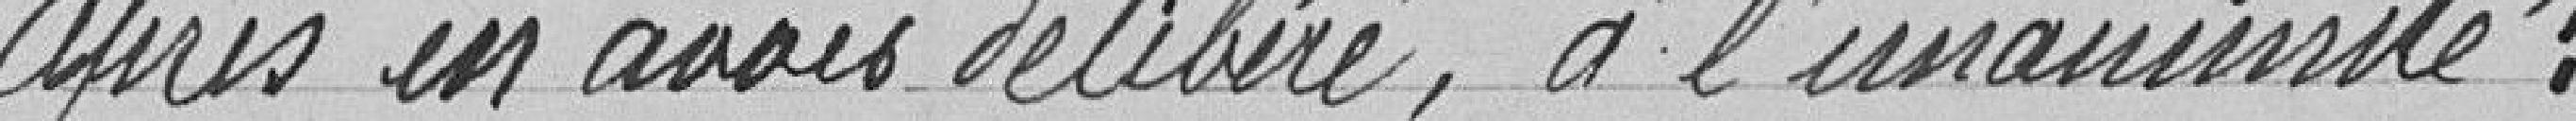
Après en avoir délibéré, à l'unanimité :